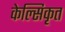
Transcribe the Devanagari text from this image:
केल्सिकृत